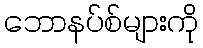
ဘောနပ်စ်များကို